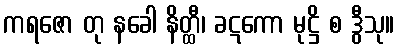
ကရဇော တု နခေါ နိတ္ထီ၊ ခဋကော မုဋ္ဌိ စ ဒွီသု။